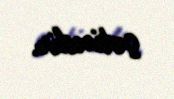
çətindir.